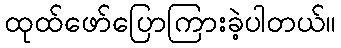
ထုထ်ဖော်ပြောကြားခဲ့ပါတယ်။